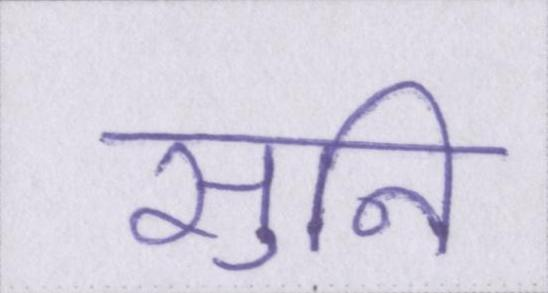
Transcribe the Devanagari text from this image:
सुनि